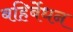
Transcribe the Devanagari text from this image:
बहिर्बेधन